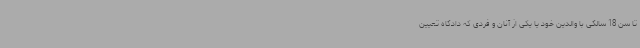
تا سن 18 سالگی با والدین خود یا یکی از آنان و فردی که دادگاه تعیین